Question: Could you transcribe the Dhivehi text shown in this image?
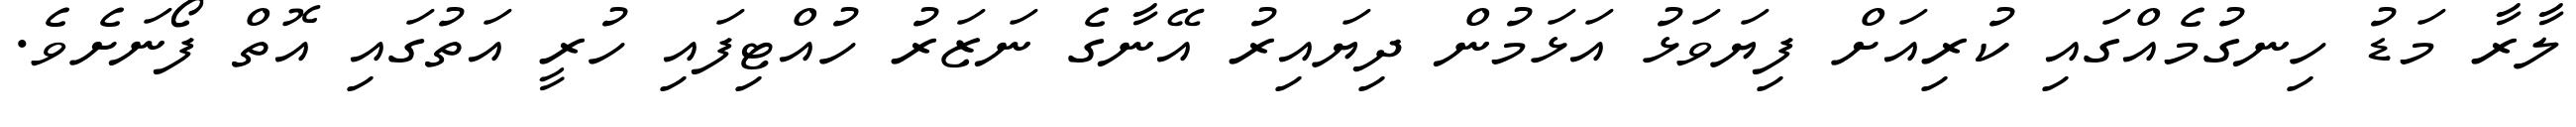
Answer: ލާރާ މަޑު ހިނގުމެއްގައި ކުރިއަށް ފިޔަވަޅު އަޅަމުން ދިޔައިރު އޭނާގެ ނަޒަރު ހުއްޓިފައި ހުރީ އަތުގައި އޮތް ފޯނަށެވެ.